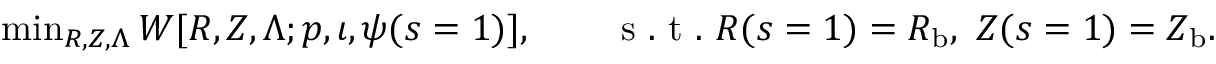
\begin{array} { r } { \operatorname* { m i n } _ { R , Z , \Lambda } W [ R , Z , \Lambda ; p , \iota , \psi ( s = 1 ) ] , \qquad \mathrm { ~ s ~ . ~ t ~ . ~ } R ( s = 1 ) = R _ { \mathrm { { b } } } , \ Z ( s = 1 ) = Z _ { \mathrm { { b } } } . } \end{array}